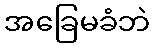
အခြေမခံဘဲ